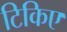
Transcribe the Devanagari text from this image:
टिकिए